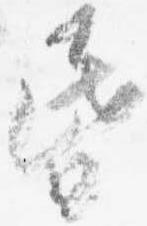
昏